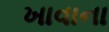
ખાવાના